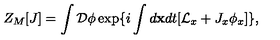
Z _ { M } [ J ] = \int { \cal D } \phi \exp \{ i \int d { \bf x } d t [ { \cal L } _ { x } + J _ { x } \phi _ { x } ] \} ,